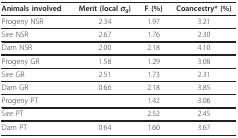
<table><thead><tr><td><b>Animals involved</b></td><td><b>Merit (local <i>σ<sub>g</sub></i>)</b></td><td><b>F (%)</b></td><td><b>Coancestry* (%)</b></td></tr></thead><tbody><tr><td>Progeny NSR</td><td>2.34</td><td>1.97</td><td>3.21</td></tr><tr><td>Sire NSR</td><td>2.67</td><td>1.76</td><td>2.30</td></tr><tr><td>Dam NSR</td><td>2.00</td><td>2.18</td><td>4.10</td></tr><tr><td>Progeny GR</td><td>1.58</td><td>1.29</td><td>3.08</td></tr><tr><td>Sire GR</td><td>2.51</td><td>1.73</td><td>2.31</td></tr><tr><td>Dam GR</td><td>0.66</td><td>2.18</td><td>3.85</td></tr><tr><td>Progeny PT</td><td></td><td>1.42</td><td>3.06</td></tr><tr><td>Sire PT</td><td></td><td>2.52</td><td>2.45</td></tr><tr><td>Dam PT</td><td>0.64</td><td>1.60</td><td>3.67</td></tr></tbody></table>